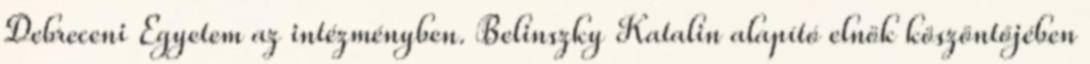
Debreceni Egyetem az intézményben. Belinszky Katalin alapító elnök köszöntőjében